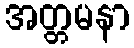
အတ္တမနာ